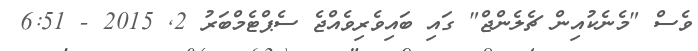
ވެސް "މެނެކުއިން ޗެލެންޖް" ގައި ބައިވެރިވެއްޖެ ސެޕްޓެމްބަރު 2